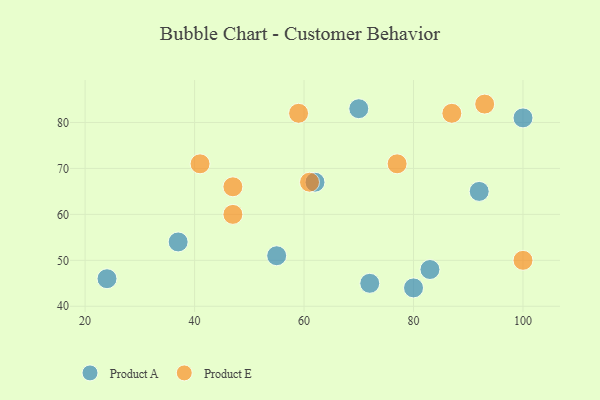
{"axis": {"x": "GDP", "y": "Life Expectancy"}, "legend": ["Product A", "Product E"], "data": [{"x": "83", "y": 48, "type": "Product A"}, {"x": "24", "y": 46, "type": "Product A"}, {"x": "70", "y": 83, "type": "Product A"}, {"x": "100", "y": 81, "type": "Product A"}, {"x": "55", "y": 51, "type": "Product A"}, {"x": "80", "y": 44, "type": "Product A"}, {"x": "62", "y": 67, "type": "Product A"}, {"x": "92", "y": 65, "type": "Product A"}, {"x": "72", "y": 45, "type": "Product A"}, {"x": "37", "y": 54, "type": "Product A"}, {"x": "93", "y": 84, "type": "Product E"}, {"x": "47", "y": 66, "type": "Product E"}, {"x": "59", "y": 82, "type": "Product E"}, {"x": "100", "y": 50, "type": "Product E"}, {"x": "41", "y": 71, "type": "Product E"}, {"x": "77", "y": 71, "type": "Product E"}, {"x": "47", "y": 60, "type": "Product E"}, {"x": "61", "y": 67, "type": "Product E"}, {"x": "87", "y": 82, "type": "Product E"}]}